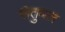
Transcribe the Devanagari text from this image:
सेतुबल